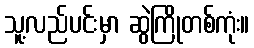
သူ့လည်ပင်းမှာ ဆွဲကြိုတစ်ကုံး။